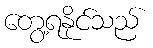
တွေ့ရနိုင်သည်